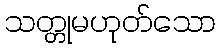
သတ္တုမဟုတ်သော